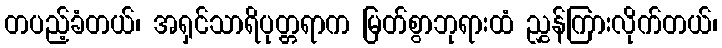
တပည့်ခံတယ်၊ အရှင်သာရိပုတ္တရာက မြတ်စွာဘုရားထံ ညွှန်ကြားလိုက်တယ်၊